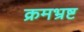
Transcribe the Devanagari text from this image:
क्रमभ्रष्ट